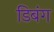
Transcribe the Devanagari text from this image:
डिबंग